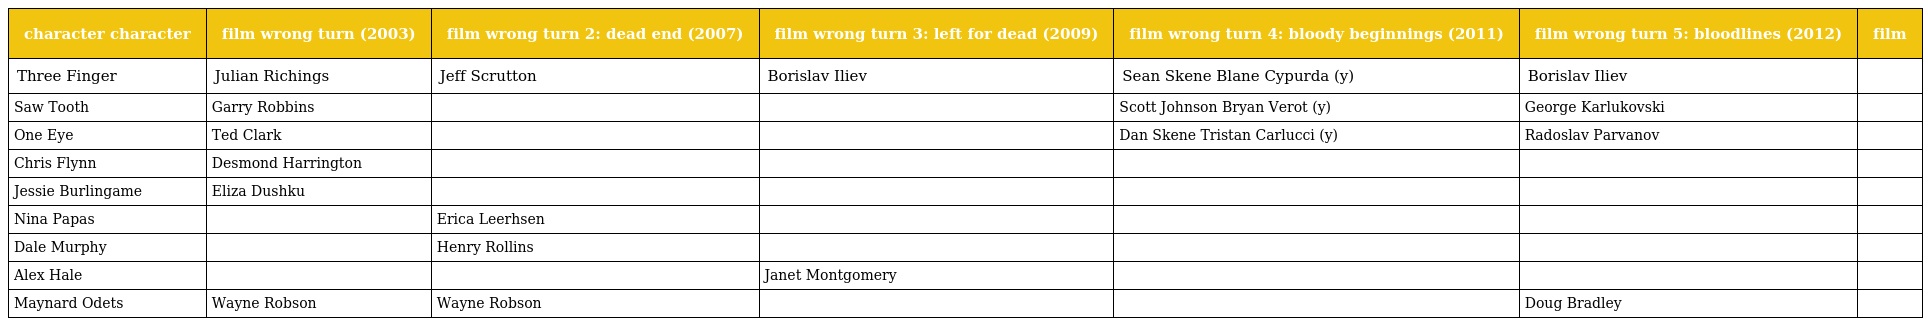
| character character | film wrong turn (2003) | film wrong turn 2: dead end (2007) | film wrong turn 3: left for dead (2009) | film wrong turn 4: bloody beginnings (2011) | film wrong turn 5: bloodlines (2012) | film |
 | --- | --- | --- | --- | --- | --- | --- |
 | Three Finger | Julian Richings | Jeff Scrutton | Borislav Iliev | Sean Skene Blane Cypurda (y) | Borislav Iliev |  |
 | Saw Tooth | Garry Robbins |  |  | Scott Johnson Bryan Verot (y) | George Karlukovski |  |
 | One Eye | Ted Clark |  |  | Dan Skene Tristan Carlucci (y) | Radoslav Parvanov |  |
 | Chris Flynn | Desmond Harrington |  |  |  |  |  |
 | Jessie Burlingame | Eliza Dushku |  |  |  |  |  |
 | Nina Papas |  | Erica Leerhsen |  |  |  |  |
 | Dale Murphy |  | Henry Rollins |  |  |  |  |
 | Alex Hale |  |  | Janet Montgomery |  |  |  |
 | Maynard Odets | Wayne Robson | Wayne Robson |  |  | Doug Bradley |  |